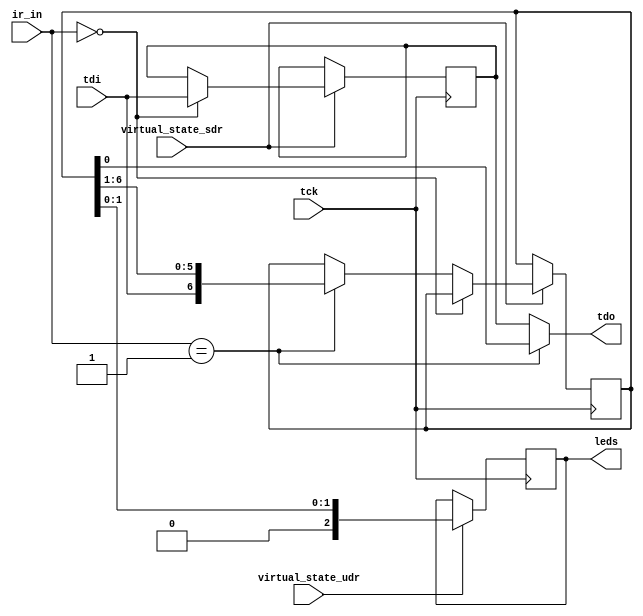

module vjtag_client(
		input	wire		tck,
		input	wire		tdi,
		output	reg			tdo,
		input	wire [1:0]	ir_in,
		input	wire		virtual_state_sdr,
		input	wire		virtual_state_udr,
		output	reg [2:0]	leds
	);

	wire select_dr0		= (ir_in == 2'd0);
	wire select_dr1		= (ir_in == 2'd1);

	reg			dr0_bypass;
	reg [6:0]	dr1;

	always @(posedge tck) 
	begin
		if (virtual_state_sdr) begin
			if (select_dr0) begin
				dr0_bypass <= tdi;
			end
			else if (select_dr1) begin
				dr1 <= {tdi, dr1[6:1] };
			end
		end
	end

	always @*
	begin
		if (select_dr1) begin
			tdo <= dr1[0];
		end
		else begin
			tdo <= dr0_bypass;
		end
	end

	always @(posedge tck)
	begin
		if (virtual_state_udr) begin
			leds = { dr1[1], dr1[0] };
		end
	end

endmodule